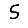
Digit: 5